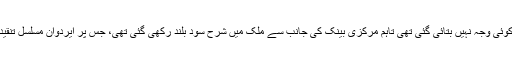
اس برطرفی کی کوئی وجہ نہیں بتائی گئی تھی تاہم مرکزی بینک کی جانب سے ملک میں شرح سود بلند رکھی گئی تھی، جس پر ایردوآن مسلسل تنقید کرتے آ ئے ہیں۔